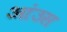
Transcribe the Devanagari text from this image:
आंउस